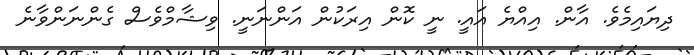
ދިޔައިމެވެ. އާން. އިއްޔެ އައީ. ނީ ކޮން އިރަކުން އަންނަނީ. ވިޝާމްވެސް ގެންނަންވާނެ